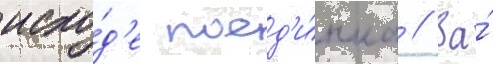
исхо́д'е поед'и́нка // За́